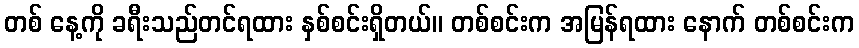
တစ် နေ့ကို ခရီးသည်တင်ရထား နှစ်စင်းရှိတယ်။ တစ်စင်းက အမြန်ရထား နောက် တစ်စင်းက